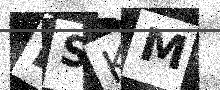
Text: RSKM